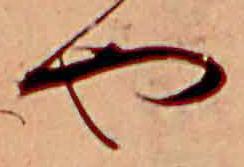
や